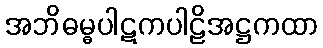
အဘိဓမ္ဓပါဋကပါဠိအဋ္ဌကထာ